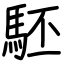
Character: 駓